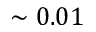
\sim 0 . 0 1